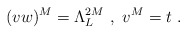
\begin{align*}(vw)^M=\Lambda_L^{2M}\ , \ v^M = t \ .\end{align*}